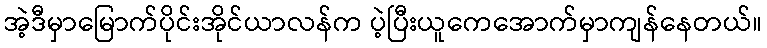
အဲ့ဒီမှာမြောက်ပိုင်းအိုင်ယာလန်က ပဲ့ပြီးယူကေအောက်မှာကျန်နေတယ်။